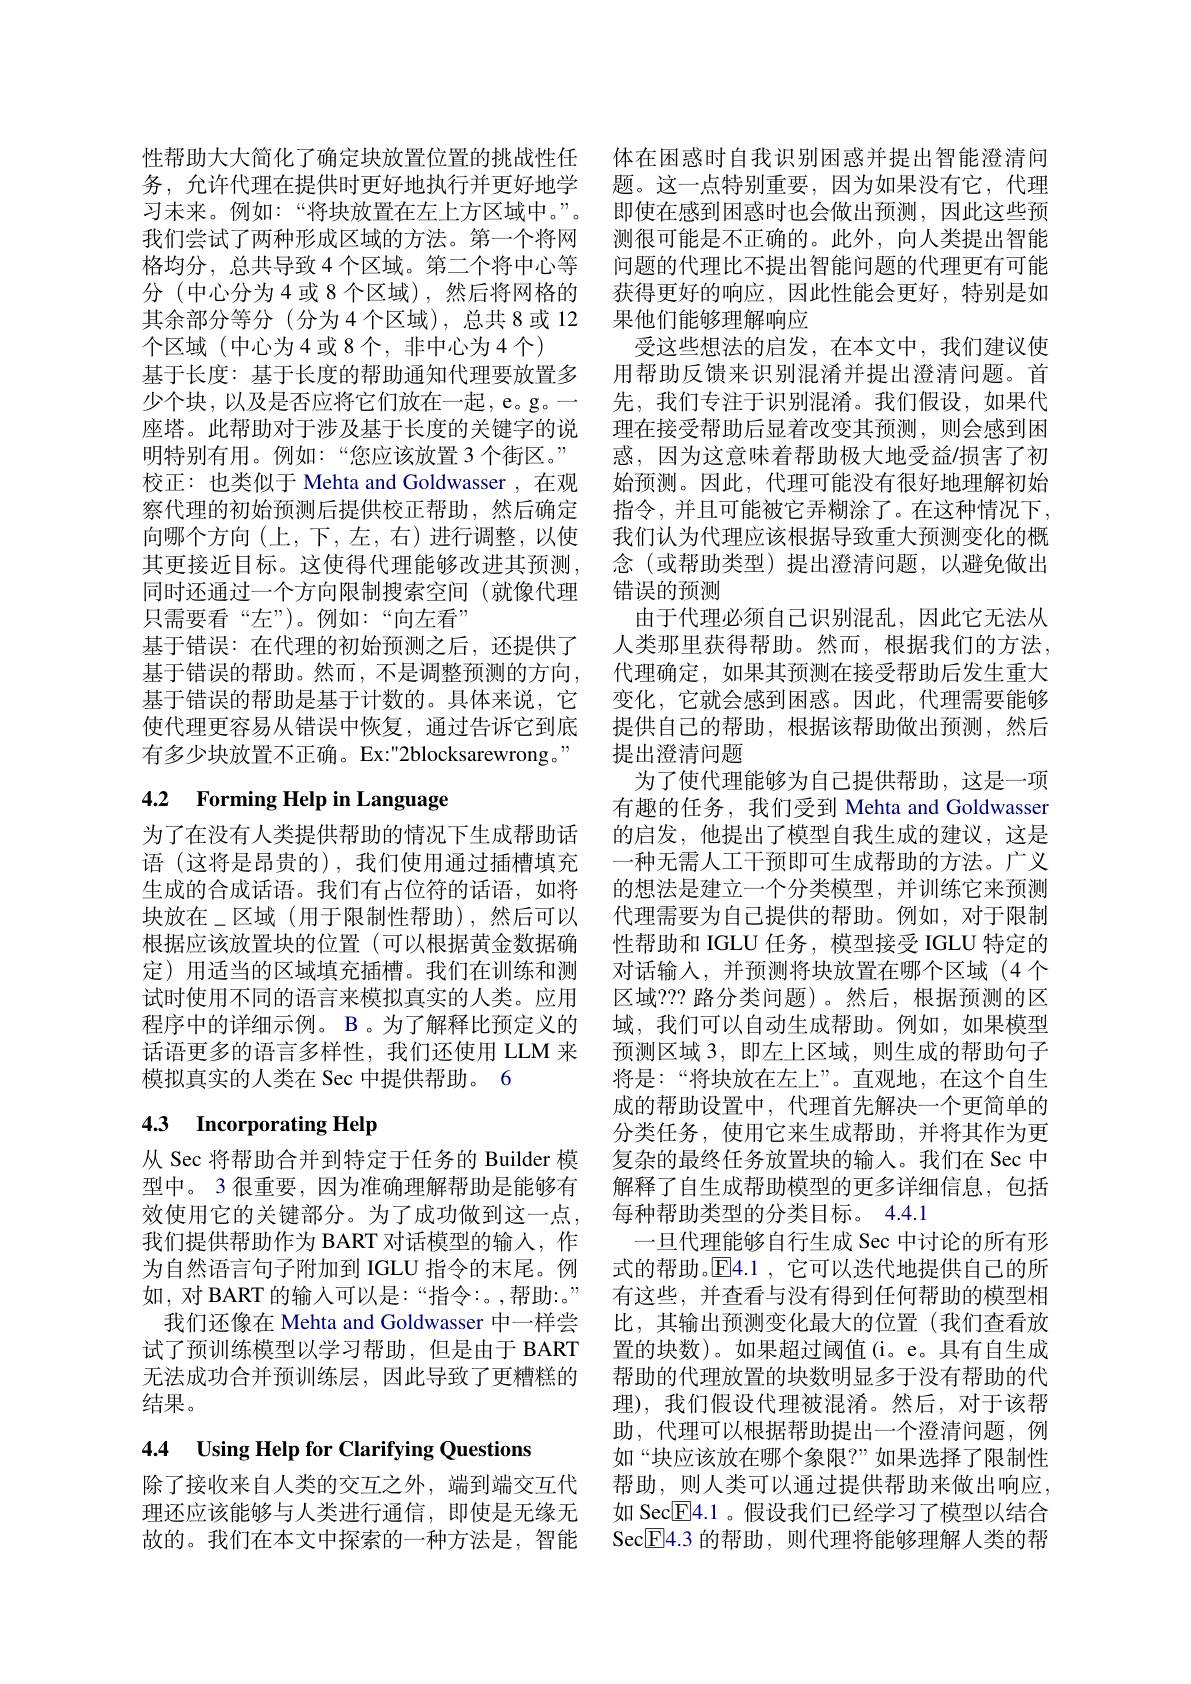
性帮助大大简化了确定块放置位置的挑战性任 体在困惑时自我识别困惑并提出智能澄清问务，允许代理在提供时更好地执行并更好地学 题。这一点特别重要 ,因为如果没有它，代理习未来。例如：“将块放置在左上方区域中。”。即使在感到困惑时也会做出预测，因此这些预我们尝试了两种形成区域的方法。第一个将网 测很可能是不正确的。此外，向人类提出智能格均分，总共导致 4 个区域。第二个将中心等 问题的代理比不提出智能问题的代理更有可能分 (中心分为4 或 8 个区域),然后将网格的 获得更好的响应，因此性能会更好，特别是如其余部分等分 (分为4 个区域), 总共 8 或 12 果他们能够理解响应
个区域 (中心为4或8个，非中心为4个)
基于长度：基于长度的帮助通知代理要放置多 用帮助反馈来识别混淆并提出澄清问题。首
少个块，以及是否应将它们放在一起，e。g。一
座塔。此帮助对于涉及基于长度的关键字的说 理在接受帮助后显着改变其预测，则会感到困
明特别有用。例如：“您应该放置 3 个街区。” 校正：也类似于 Mehta and Goldwasser ,在观察代理的初始预测后提供校正帮助，然后确定向哪个方向(上，下，左，右)进行调整，以使其更接近目标。这使得代理能够改进其预测， 同时还通过一个方向限制搜索空间(就像代理只需要看“左”)。例如：“向左看”
基于错误：在代理的初始预测之后，还提供了基于错误的帮助。然而，不是调整预测的方向， 基于错误的帮助是基于计数的。具体来说，它使代理更容易从错误中恢复，通过告诉它到底有多少块放置不正确。Ex:"2blocksarewrong。"

# 4.2 Forming Help in Language

为了在没有人类提供帮助的情况下生成帮助话语 (这将是昂贵的),我们使用通过插槽填充根据应该放置块的位置(可以根据黄金数据确定)用适当的区域填充插槽。我们在训练和测试时使用不同的语言来模拟真实的人类。应用程序中的详细示例。B 。为了解释比预定义的话语更多的语言多样性，我们还使用 LLM 来模拟真实的人类在 Sec 中提供帮助。6

# 43 Incorporating Help

从 Sec 将帮助合并到特定于任务的 Builder 模型中。3 很重要，因为准确理解帮助是能够有我们提供帮助作为 BART 对话模型的输入，作如，对 BART 的输入可以是：“指令：。,帮助：。” 我们还像在 Mehta and Goldwasser 中一样尝试了预训练模型以学习帮助，但是由于 BART 无法成功合并预训练层，因此导致了更糟糕的结果。

# 4.4 Using Help for Clarifying Questions

受这些想法的启发，在本文中，我们建议使先，我们专注于识别混淆。我们假设，如果代惑，因为这意味着帮助极大地受益/损害了初始预测。因此，代理可能没有很好地理解初始指令，并且可能被它弄糊涂了。在这种情况下， 我们认为代理应该根据导致重大预测变化的概念 (或帮助类型)提出澄清问题，以避免做出错误的预测
由于代理必须自己识别混乱，因此它无法从人类那里获得帮助。然而，根据我们的方法， 代理确定，如果其预测在接受帮助后发生重大变化，它就会感到困惑。因此，代理需要能够提供自己的帮助，根据该帮助做出预测，然后提出澄清问题
为了使代理能够为自己提供帮助，这是一项有趣的任务，我们受到 Mehta and Goldwasser 的启发，他提出了模型自我生成的建议，这是一种无需人工干预即可生成帮助的方法。广义
生成的合成话语。我们有占位符的话语，如将 的想法是建立一个分类模型，并训练它来预测块放在\_区域 (用于限制性帮助),然后可以 代理需要为自己提供的帮助。例如，对于限制
性帮助和 IGLU 任务，模型接受 IGLU 特定的对话输入，并预测将块放置在哪个区域(4个区域？?? 路分类问题)。然后，根据预测的区域，我们可以自动生成帮助。例如，如果模型预测区域 3, 即左上区域，则生成的帮助句子将是：“将块放在左上”。直观地，在这个自生成的帮助设置中，代理首先解决一个更简单的分类任务，使用它来生成帮助，并将其作为更复杂的最终任务放置块的输人。我们在 Sec 中解释了自生成帮助模型的更多详细信息，包括
效使用它的关键部分。为了成功做到这一点，每种帮助类型的分类目标。4.4.1
一旦代理能够自行生成 Sec 中讨论的所有形
为自然语言句子附加到 IGLU 指令的末尾。例 式的帮助。$\overline{\mathrm{E}}4.1$ ,它可以迭代地提供自己的所
有这些，并查看与没有得到任何帮助的模型相比，其输出预测变化最大的位置(我们查看放置的块数)。如果超过阈值(i。e。具有自生成帮助的代理放置的块数明显多于没有帮助的代理),我们假设代理被混淆。然后，对于该帮助，代理可以根据帮助提出一个澄清问题，例如“块应该放在哪个象限？”如果选择了限制性
除了接收来自人类的交互之外，端到端交互代 帮助，则人类可以通过提供帮助来做出响应， 理还应该能够与人类进行通信，即使是无缘无 如 SecE4.1 。假设我们已经学习了模型以结合故的。我们在本文中探索的一种方法是，智能 Sec$\overline{\mathrm{E}}$4.3 的帮助，则代理将能够理解人类的帮